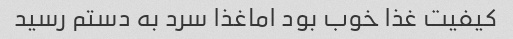
کیفیت غذا خوب بود اماغذا سرد به دستم رسید